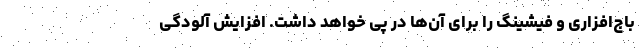
باج‌افزاری و فیشینگ را برای آن‌ها در پی خواهد داشت. افزایش آلودگی